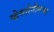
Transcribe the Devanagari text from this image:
व्हेस्तोनीसच्या